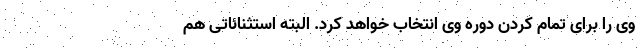
وی را برای تمام کردن دوره وی انتخاب خواهد کرد. البته استثنائاتی هم